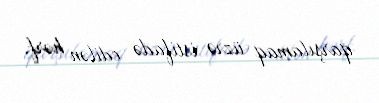
qarşılamaq üzrə istifadə edilən hərf.